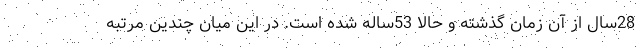
28سال از آن زمان گذشته و حالا 53ساله شده است. در این میان چندین مرتبه